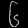
Digit: ၆